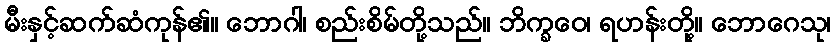
မီးနှင့်ဆက်ဆံကုန်၏။ ဘောဂါ၊ စည်းစိမ်တို့သည်။ ဘိက္ခဝေ၊ ရဟန်းတို့။ ဘောဂေသု၊